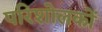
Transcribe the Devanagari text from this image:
परिशोलकों